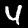
Digit: 4